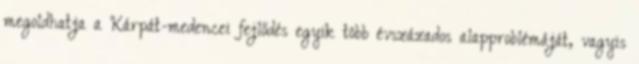
megoldhatja a Kárpát-medencei fejlődés egyik több évszázados alapproblémáját, vagyis